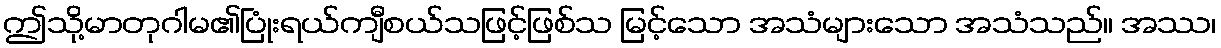
ဤသို့မာတုဂါမ၏ပြုံးရယ်ကျီစယ်သဖြင့်ဖြစ်သ မြင့်သော အသံများသော အသံသည်။ အဿ၊